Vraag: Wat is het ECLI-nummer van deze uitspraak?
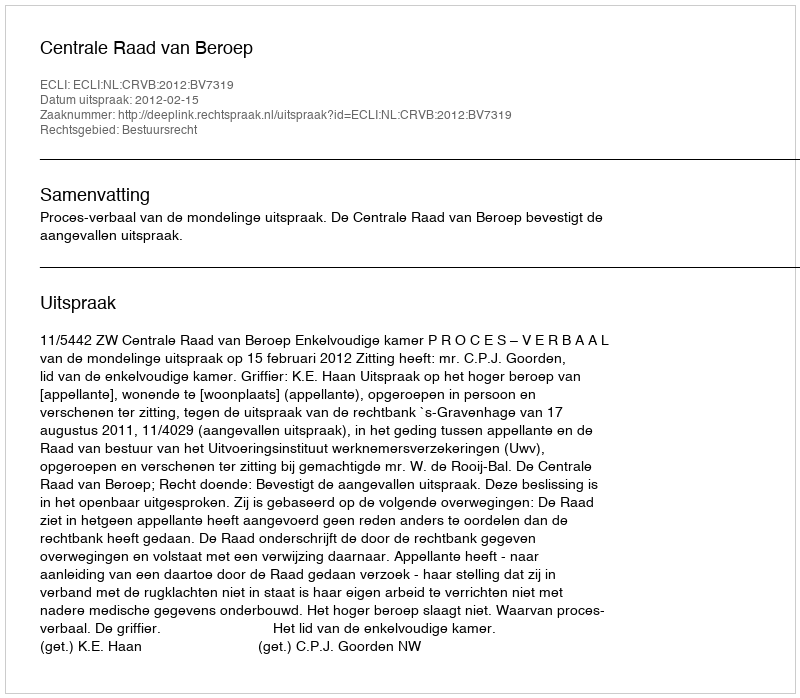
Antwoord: ECLI:NL:CRVB:2012:BV7319